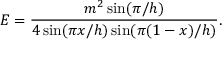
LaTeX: E = \frac { m ^ { 2 } \sin ( \pi / h ) } { 4 \sin ( \pi x / h ) \sin ( \pi ( 1 - x ) / h ) } .